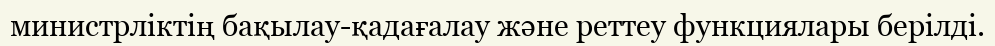
министрліктің бақылау-қадағалау және реттеу функциялары берілді.